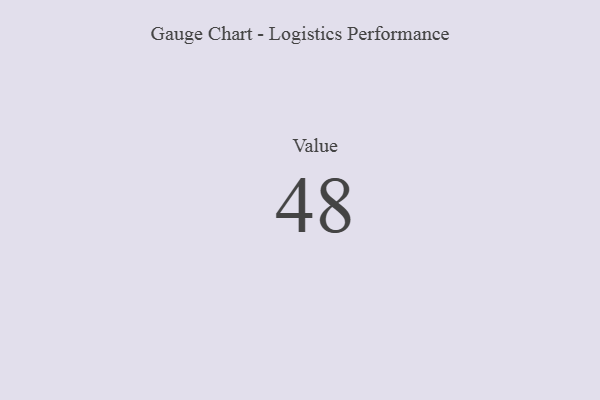
{"axis": {"x": "Metric", "y": "Value"}, "legend": [""], "data": [{"x": "Value", "y": 48, "type": ""}]}